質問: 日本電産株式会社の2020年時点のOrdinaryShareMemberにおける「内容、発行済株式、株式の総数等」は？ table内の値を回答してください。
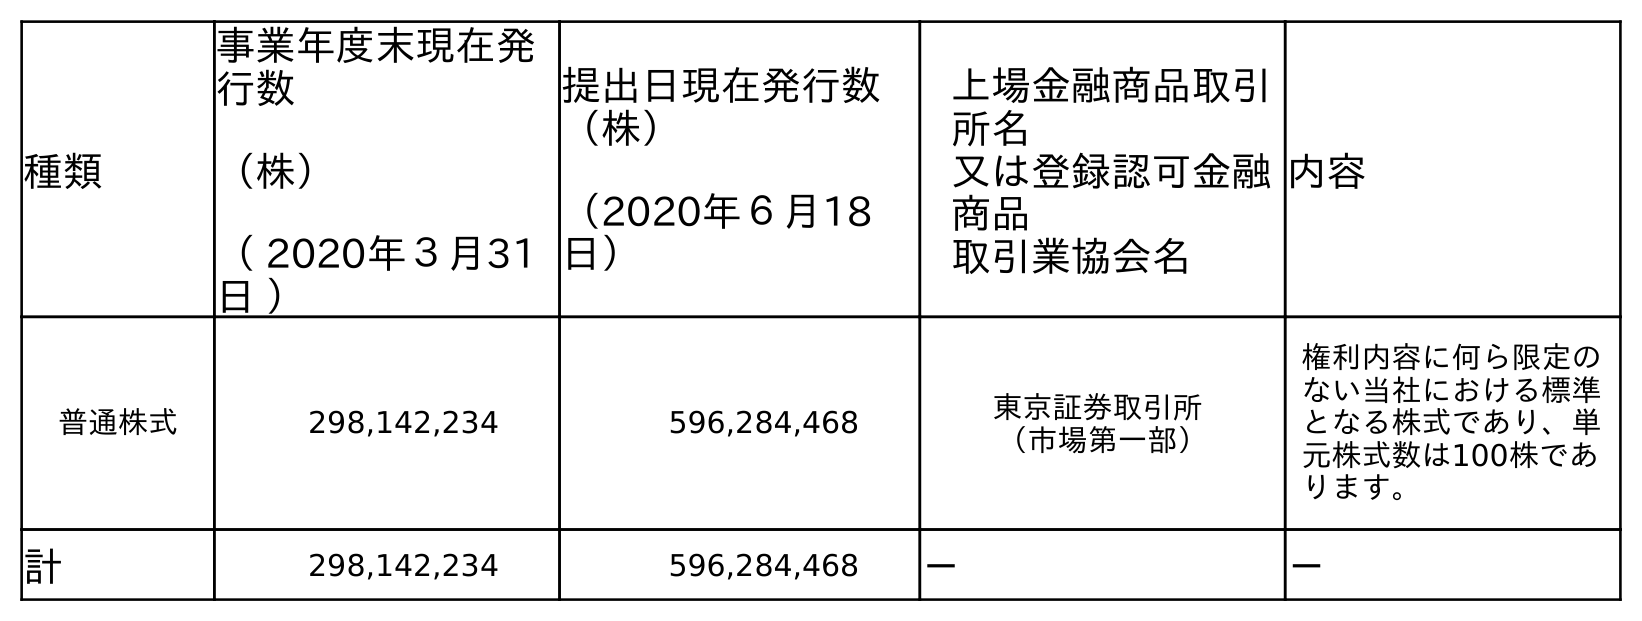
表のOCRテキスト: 種類 事業年度末現在発 行数 （株） （ 2020年３月31 日 ） 提出日現在発行数 （株） （2020年６月18 日） 上場金融商品取引 所名 又は登録認可金融 商品 取引業協会名 内容 普通株式 298,142,234 596,284,468 東京証券取引所 （市場第一部） 権利内容に何ら限定の ない当社における標準 となる株式であり、単 元株式数は100株であ ります。 計 298,142,234 596,284,468 － －
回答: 権利内容に何ら限定のない当社における標準となる株式であり、単元株式数は100株であります。